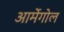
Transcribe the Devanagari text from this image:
आर्मेगोल